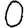
Digit: 0